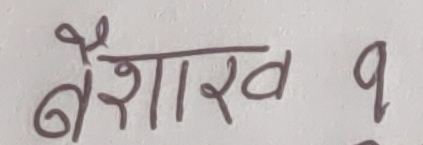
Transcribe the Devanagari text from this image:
बैशाख १